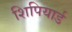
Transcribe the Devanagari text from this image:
शिपियार्ड